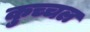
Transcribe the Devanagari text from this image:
कुच्चल